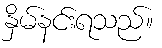
နှိမ်နင်းရသည်။